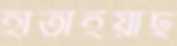
হাতাইয়াছ